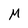
Character: M